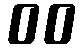
00